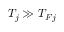
T _ { j } \gg T _ { F j }